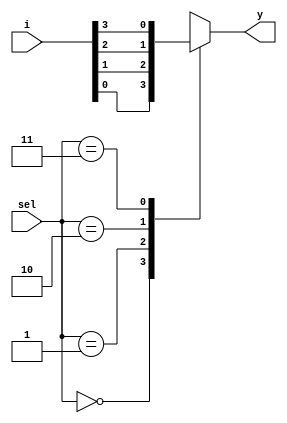
module mux4_1(input [3:0]i,input [1:0]sel,output reg y);
always@(i,sel)
begin
case(sel)
2'b00 : y = i[0];
2'b01 : y = i[1];
2'b10 : y = i[2];
2'b11 : y = i[3];
default : y = 00;
endcase
end
endmodule